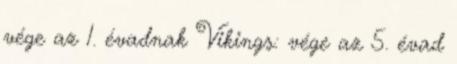
vége az 1. évadnak Vikings: vége az 5. évad